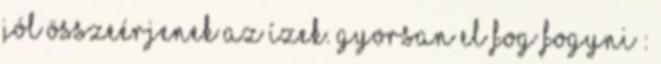
jól összeérjenek az ízek. Gyorsan el fog fogyni :